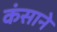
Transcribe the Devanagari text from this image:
कंसाने